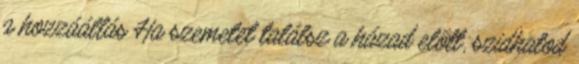
a hozzáállás Ha szemetet találsz a házad előtt, szidhatod